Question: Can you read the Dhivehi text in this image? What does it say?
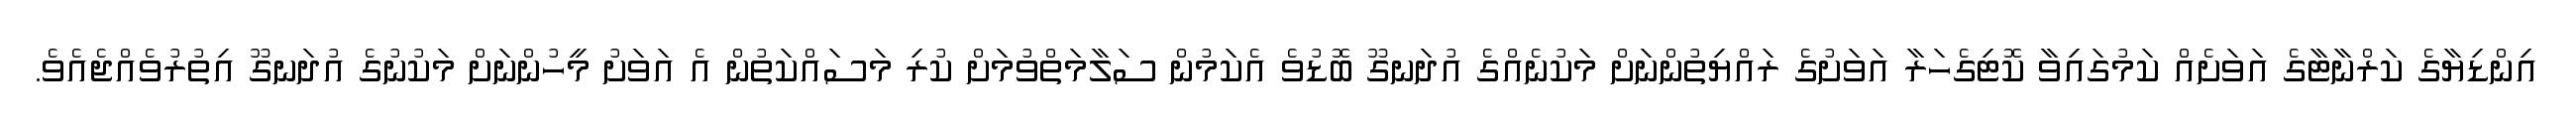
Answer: އިންޑިޔާގެ ކަރްނާޓާގެ އަވަށެއް ކަމުގައިވާ ކޮޓިގެހަރާ އަވަށުގެ ރައްޔިތުންނަށް މަކުނެއްގެ އުދަނގޫ ބޮޑުވެ އެކަމުން ސަލާމަތްވުމަށް ކުރި މަސައްކަތުން އެ އަވަށު މީހުންނަށް މަކުނުގެ އުދަނގޫ އިތުރުވެއްޖެއެވެ.